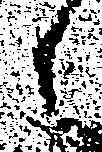
之